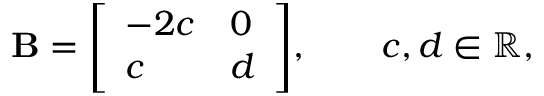
\mathbf { B } = { \left[ \begin{array} { l l } { - 2 c } & { 0 } \\ { c } & { d } \end{array} \right] } , \qquad c , d \in \mathbb { R } ,